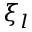
\xi _ { l }